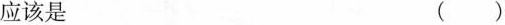
应该是 ( )